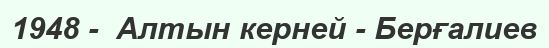
1948 -  Алтын керней - Берғалиев